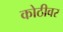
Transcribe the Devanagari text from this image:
कोठीवर